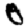
Digit: 0